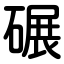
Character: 碾